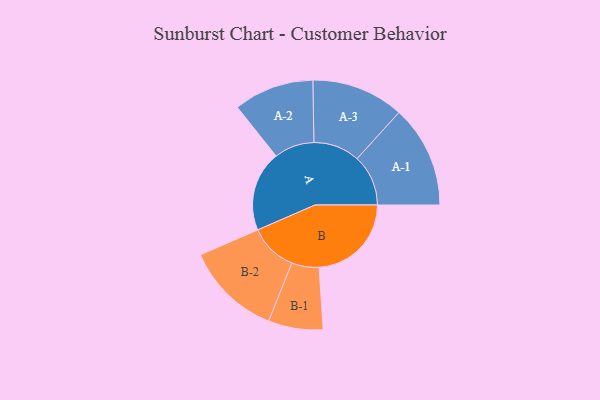
{"axis": {"x": "Segment", "y": "Value"}, "legend": ["", "A", "B"], "data": [{"x": "A", "y": 394, "type": ""}, {"x": "B", "y": 453, "type": ""}, {"x": "A-1", "y": 251, "type": "A"}, {"x": "A-2", "y": 197, "type": "A"}, {"x": "A-3", "y": 227, "type": "A"}, {"x": "B-1", "y": 134, "type": "B"}, {"x": "B-2", "y": 235, "type": "B"}]}